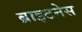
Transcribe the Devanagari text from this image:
ब्राइटनेस